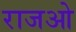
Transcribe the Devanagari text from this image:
राजओ